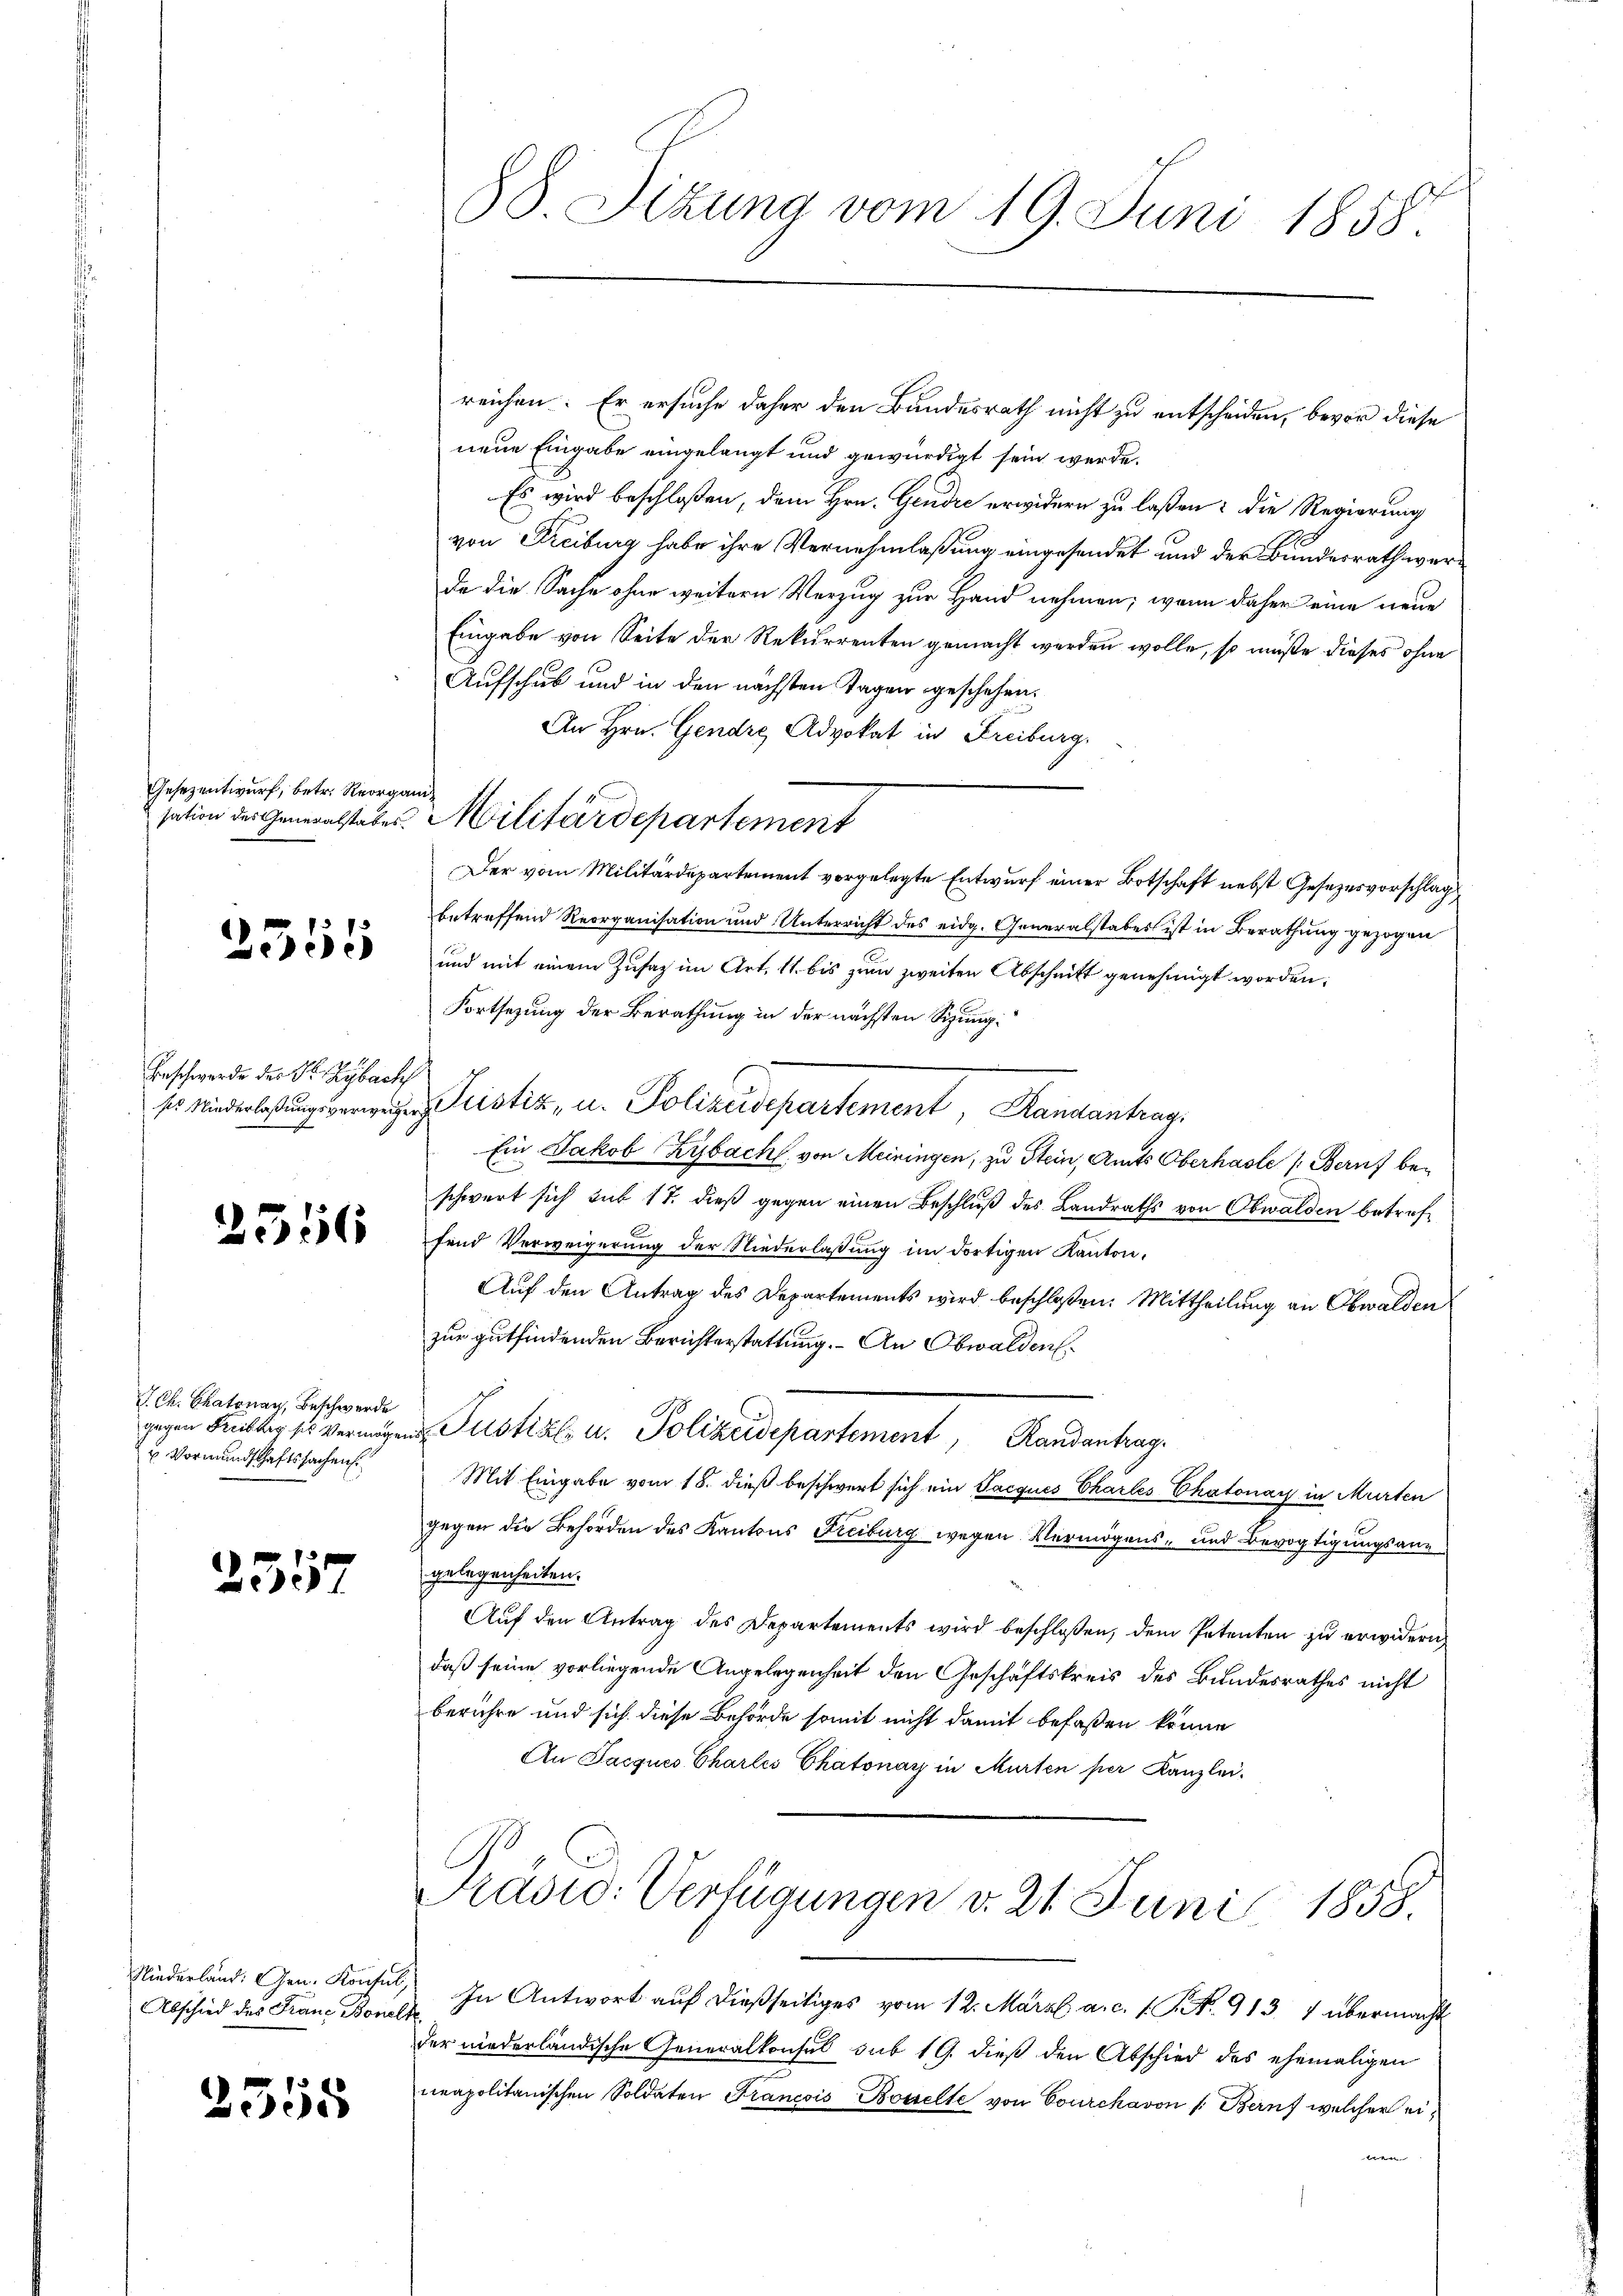
Gesezentwurf, betr. Reorganisation des Generalstabes.

2555

Beschwerde der Dr. Rybach
ss Niederlaßungsverweiger

2556

J. Ch. Skatonen, Beschwerde
gegen Freiburg ses Vermögen
u Vormundschaftssachens

257

Niederland: Gen. Konsul,
Abschied des Franz Bonalt

2555

88. Sizung vom 19. Juni 1858.

Militärdepartement

reichen. Er ersuche daher den Bundesrath nicht zu entscheiden, bevor diese
neue Eingabe eingelangt und gewürdigt sein werde.
Es wird beschloßen, dem Hrn. Gendre erwidern zu laßen? Die Regierung
von Freiburg habe ihre Vernehmlassung eingesendet und der Bundesrath werda die Sache ohne weitern Verzug zur Hand nehmen; wenn daher eine neue
Eingabe von Seite der Rekurrenten gemacht werden wolle, so müße dieses ohne
Aufschub und in den nächsten Tagen geschehen.
An Hrn. Gendre Advokat in Freiburg.
betreffend Reorganisation und Unterricht des eidg. Generalstabes ist in Berathung gezogen
und mit einem Zusatz im Art. 11. bis zum zweiten Abschnitt genehmigt worden.
Fortsezung der Berathung in der nächsten Sizung¬
Pustiz, u. Polizeidepartement Randantrag
Ein Jakob Kybach von Meiningen, zu Stein, Amts Oberhasle /: Beruf beschwert sich sub 17. dieß gegen einen Beschluß des Landraths von Obwalden betreffend Verweigerung der Niederlassung im dortigen Kanton,
Auf den Antrag des Departements wird beschloßen: Mittheilung an Obwalden
zur gutfindenden Berichterstattung. – An Obwalden¬
Justiz u. Polizeidepartement, Randantrag.
Mit Eingabe vom 18. dieß beschwert sich ein Gacques Charles Chalonay in Murten
gegen die Behörden des Kantons Freiburg wegen Vermögens- und Bevogtigungsangelegenheiten.
Auf den Antrag des Departements wird beschlossen, dem Petenten zu erwidern,
daß seine vorliegende Angelegenheit den Geschäftskreis des Bundesrathes nicht
berühre und sich diese Behörde somit nicht damit befaßen könne
An Jacques Charlei Chatonay in Murten per Kanzlei-

Der vom Militärdepartement vorgelegte Entwurf einer Botschaft nebst Gesezesvorschlag

Pradid: Verfügungen d. 21. Juni 1858.

In Antwort auf dießseitiges vom 12. März a.c. s. S. 913. 7 übermacht
der niederländische Generalkonsul sub 19. dieß den Abschied des ehemaligen
neapolitanischen Soldaten Francois Bosselte von Courchavon /: Beruf welcher eien